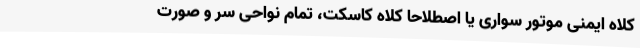
کلاه ایمنی موتور سواری یا اصطلاحا کلاه کاسکت، تمام نواحی سر و صورت